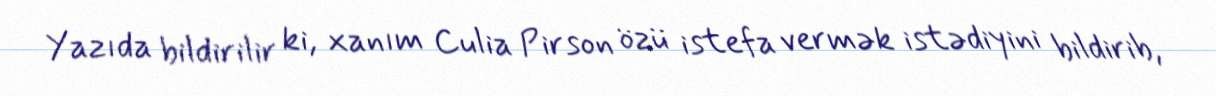
Yazıda bildirilir ki, xanım Culia Pirson özü istefa vermək istədiyini bildirib,